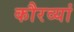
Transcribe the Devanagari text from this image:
कौरव्यां